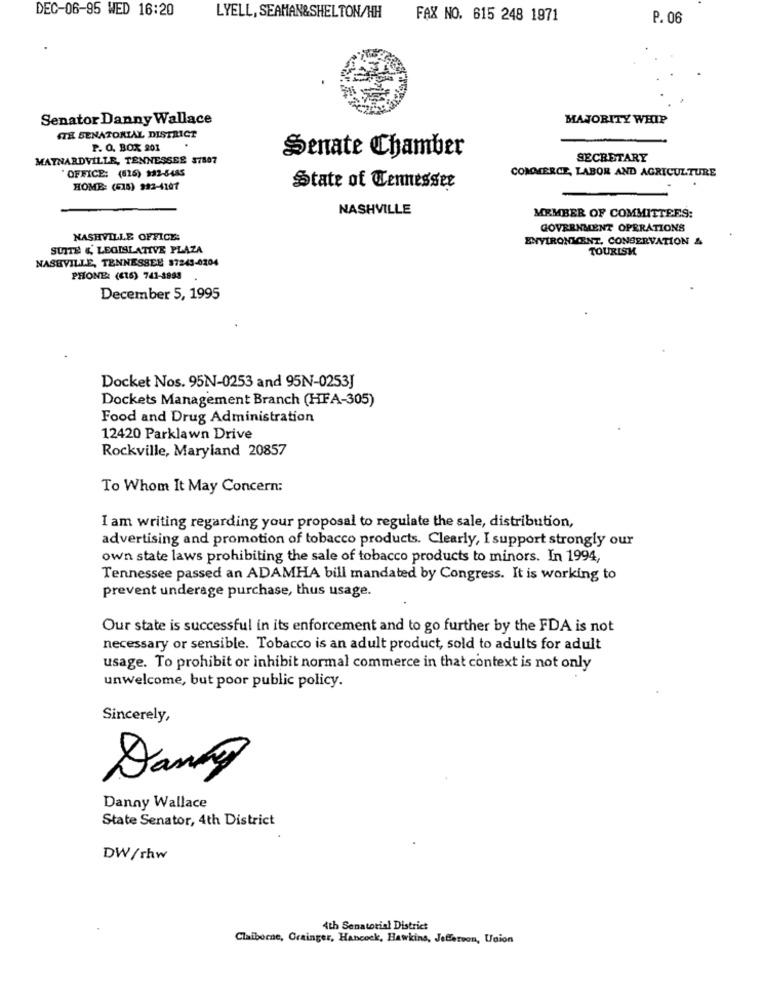
DEC-06-95 WED 16:20
LYELL, SEAHAN&SHELTON/HH
FAX NO. 615 248 1971
P. 06
Senator Danny Wallace
MAJORITY WHIP
ITH SENATORIAL DISTRICT
P. O. BOX 201
Senate Chamber
MAYNARDVILLE, TENNESSEE 37807
SECRETARY
" OFFICE: (416) $32-8485
COMMERCE, LABOR AND AGRICULTURE
HOME: (518) 992-4107
State of Tennessee
NASHVILLE
MEMBER OF COMMITTEES:
GOVERNMENT OPERATIONS
NASHVILLE OFFICE:
ENVIRONMENT, CONSERVATION &
SUITE & LEGISLATIVE PLAZA
TOURISM
NASHVILLE, TENNESSEE 87243-0204
PHONE: (616) 741-1993
December 5, 1995
Docket Nos. 95N-0253 and 95N-0253J
Dockets Management Branch (HFA-305)
Food and Drug Administration
12420 Parklawn Drive
Rockville, Maryland 20857
To Whom It May Concern:
I am writing regarding your proposal to regulate the sale, distribution,
advertising and promotion of tobacco products. Clearly, I support strongly our
own state laws prohibiting the sale of tobacco products to minors. In 1994,
Tennessee passed an ADAMHA bill mandated by Congress. It is working to
prevent underage purchase, thus usage.
Our state is successful in its enforcement and to go further by the FDA is not
necessary or sensible. Tobacco is an adult product, sold to adults for adult
usage. To prohibit or inhibit normal commerce in that context is not only
unwelcome, but poor public policy.
Sincerely,
Danky
Danny Wallace
State Senator, 4th District
DW/rhw
4th Senatorial District
Claiborne, Grainger, Hancock, Hawkins, Jefferson, Union